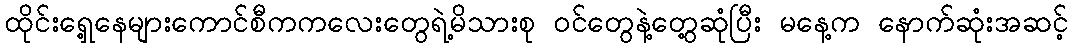
ထိုင်းရှေ့နေများကောင်စီကကလေးတွေရဲ့မိသားစု ဝင်တွေနဲ့တွေ့ဆုံပြီး မနေ့က နောက်ဆုံးအဆင့်